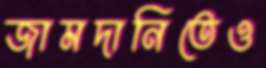
জামদানিতেও